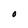
Character: O